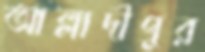
আল্লাদীপুর